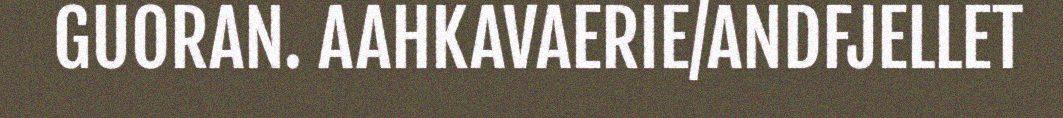
GUORAN. AAHKAVAERIE/ANDFJELLET